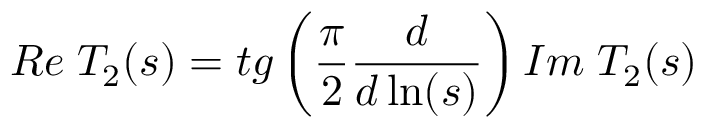
R e \; T _ { 2 } ( s ) = t g \left( \frac { \pi } { 2 } \frac { d } { d \ln ( s ) } \right) I m \; T _ { 2 } ( s ) ~ ~